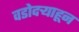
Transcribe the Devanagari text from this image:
वडोदऱ्याहून